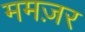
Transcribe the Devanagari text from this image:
ममज़र